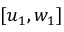
[ u _ { 1 } , w _ { 1 } ]